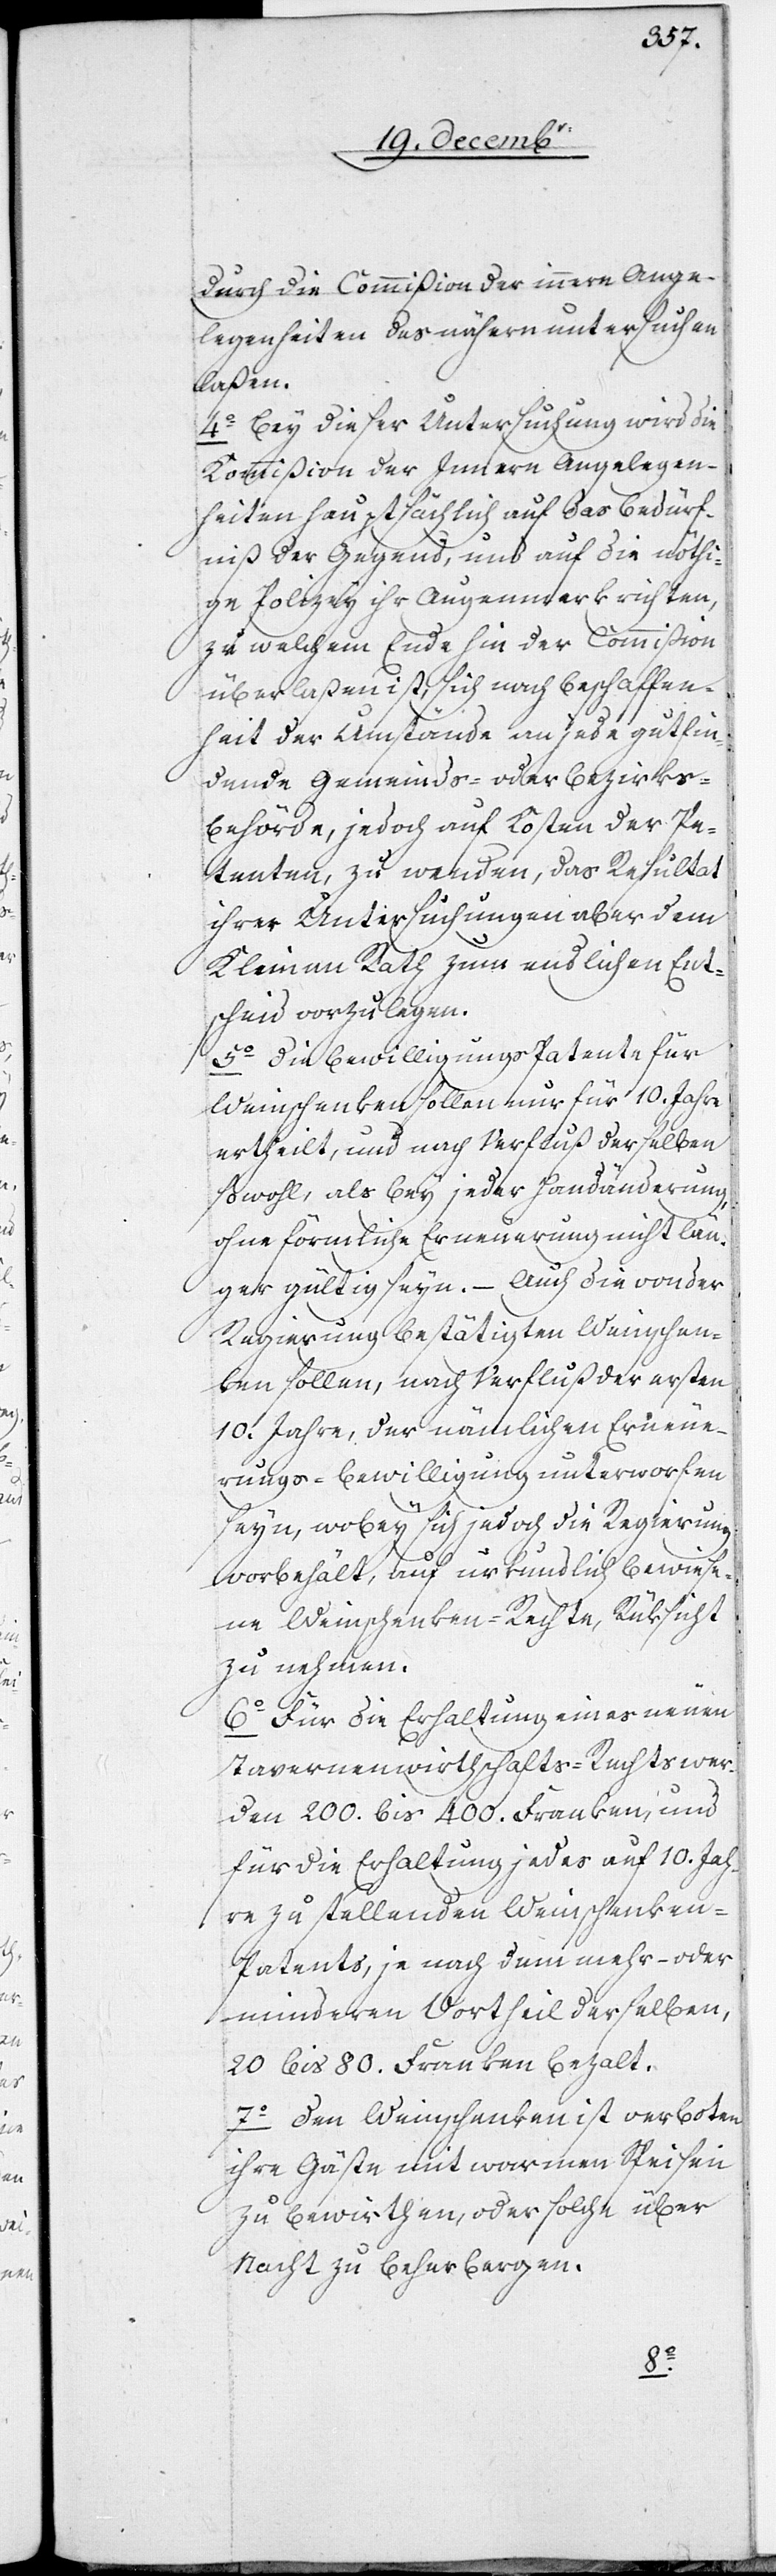
durch die Commißion der innern Ange¬
legenheiten des nähern untersuchen
laßen.
4. Bey dieser Untersuchung wird die
Kommißion der Innern Angelegen¬
heiten hauptsächlich auf das Bedürf¬
niß der Gegend, und auf die nöthi¬
ge Polizey ihr Augenmerk richten,
zu welchem Ende hin der Commißion
überlaßen ist, sich nach Beschaffen¬
heit der Umstände an jede gutfin¬
dende Gemeinds- oder Bezirks¬
behörde, jedoch auf Kosten der Pe¬
tenten, zu wenden, das Resultat
ihrer Untersuchungen aber dem
Kleinen Rath zum endlichen Ent¬
scheid vorzulegen.
5. Die Bewilligungs[-]Patente für
Weinschenken sollen nur für 10. Jahre
ertheilt, und nach Verfluß derselben
sowohl, als bey jeder Handänderung,
ohne förmliche Erneuerung nicht län¬
ger gültig seyn. – Auch die von der
Regierung bestätigten Weinschen¬
ken sollen, nach Verfluß der ersten
10. Jahre, der nämlichen Erneue¬
rungs-Bewilligung unterworfen
seyn, wobey sich jedoch die Regierung
vorbehält, auf urkundlich bewiese¬
ne Weinschenken-Rechte, Rüksicht
zu nehmen.
6. Für die Erhaltung eines neuen
Tavernenwirthschafts-Rechts wer¬
den 200. bis 400. Franken, und
für die Erhaltung jedes auf 10. Jah¬
re zu stellenden Weinschenken-P¬
atents, je nach dem mehr- oder
minderen Vortheil derselben,
20 bis 80. Franken bezalt.
7. Den Weinschenken ist verboten,
ihre Gäste mit warmen Speisen
zu bewirthen, oder solche über
Nacht zu beherbergen.